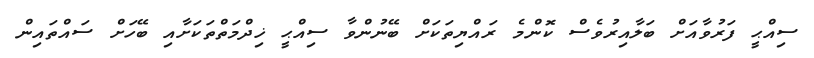
ސިއްޙީ ފަރުވާއަށް ބަލާއިރުވެސް ކޮންމެ ރައްޔިތަކަށް ބޭނުންވާ ސިއްޙީ ޚިދްމަތްތަކަށާއި ބޭހަށް ސައްތައިން